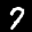
Label: 7